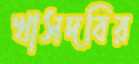
খাসদবির